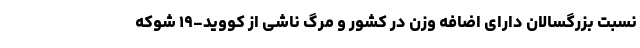
نسبت بزرگسالان دارای اضافه وزن در کشور و مرگ ناشی از کووید-۱۹ شوکه